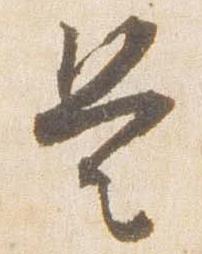
是